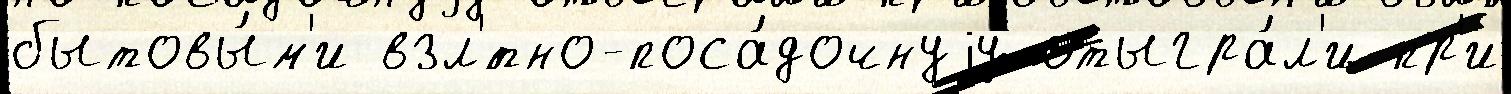
бытовы́м'и взл'́тно-поса́дочнуjу отыгра́л'и пр'и